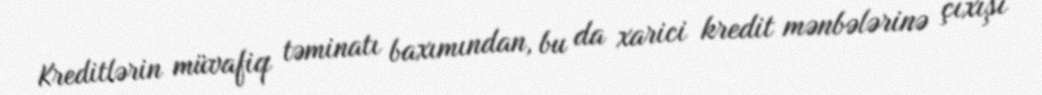
Kreditlərin müvafiq təminatı baxımından, bu da xarici kredit mənbələrinə çıxışı